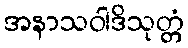
အနာသဝါဒိသုတ္တံ